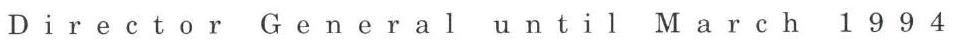
Director General until March 1994